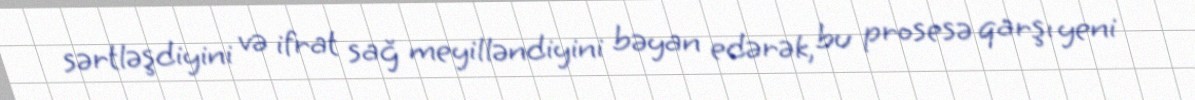
sərtləşdiyini və ifrat sağ meyilləndiyini bəyan edərək, bu prosesə qarşı yeni